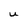
Character: U